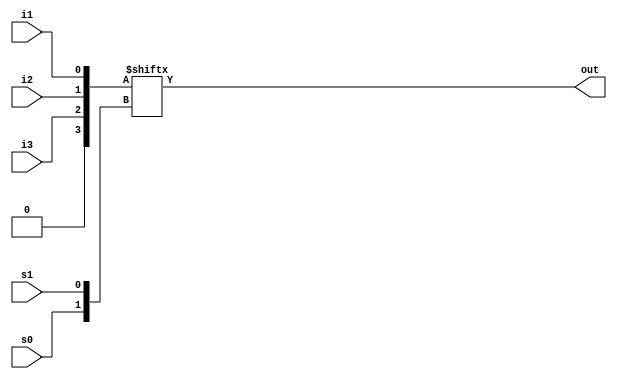
module mux3_1(input i1,i2,i3,s0,s1, output out);
  wire [1:0] s={s0,s1};
  wire [3:0] mux = {2'b0,i3,i2,i1};
  assign out = mux[s];
endmodule